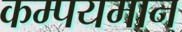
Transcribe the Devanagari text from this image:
कम्पयमान